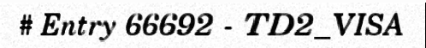
# Entry 66692 - TD2_VISA